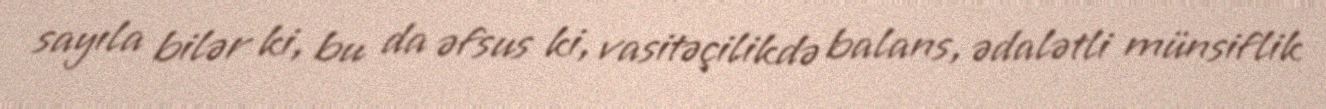
sayıla bilər ki, bu da əfsus ki, vasitəçilikdə balans, ədalətli münsiflik